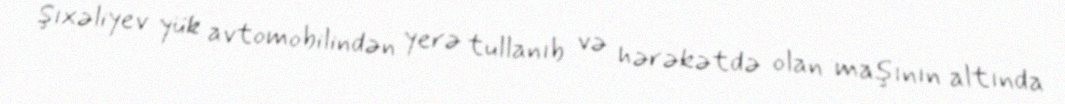
Şıxəliyev yük avtomobilindən yerə tullanıb və hərəkətdə olan maşının altında